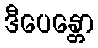
ဒီပေန္တော